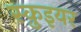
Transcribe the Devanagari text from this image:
स्क़ुइयर